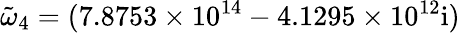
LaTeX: \tilde{\omega}_{4}=(7.8753\times 10^{14}-4.1295\times 10^{12}\mathrm{{i})}